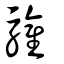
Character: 驩